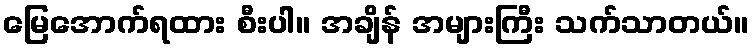
မြေအောက်ရထား စီးပါ။ အချိန် အများကြီး သက်သာတယ်။